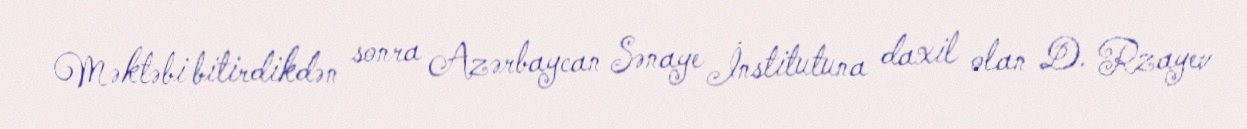
Məktəbi bitirdikdən sonra Azərbaycan Sənaye İnstitutuna daxil olan D. Rzayev